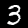
Label: 3